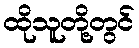
ထိုသူတို့တွင်